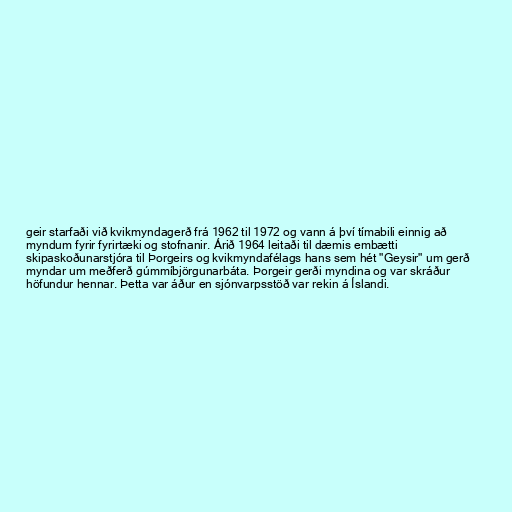
geir starfaði við kvikmyndagerð frá 1962 til 1972 og vann á því tímabili einnig að
myndum fyrir fyrirtæki og stofnanir. Árið 1964 leitaði til dæmis embætti
skipaskoðunarstjóra til Þorgeirs og kvikmyndafélags hans sem hét "Geysir" um gerð
myndar um meðferð gúmmíbjörgunarbáta. Þorgeir gerði myndina og var skráður
höfundur hennar. Þetta var áður en sjónvarpsstöð var rekin á Íslandi.